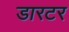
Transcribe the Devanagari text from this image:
डारटर